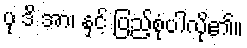
ပု ဒိ အာ၊ နှင့် ပြည့်စုံပါလို၏။